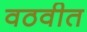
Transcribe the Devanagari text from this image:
वठवीत